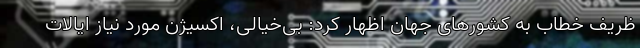
ظریف خطاب به کشورهای جهان اظهار کرد: بی‌خیالی، اکسیژن مورد نیاز ایالات